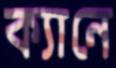
ক্যানে